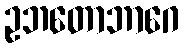
ဥဘတောဘာဂေ